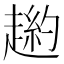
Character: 𧼿